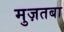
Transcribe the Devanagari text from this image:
मुज़तबा